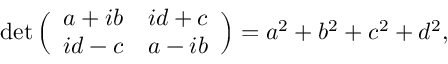
\operatorname* { d e t } { \Bigl ( } { \begin{array} { c c } { a + i b } & { i d + c } \\ { i d - c } & { a - i b } \end{array} } { \Bigr ) } = a ^ { 2 } + b ^ { 2 } + c ^ { 2 } + d ^ { 2 } ,